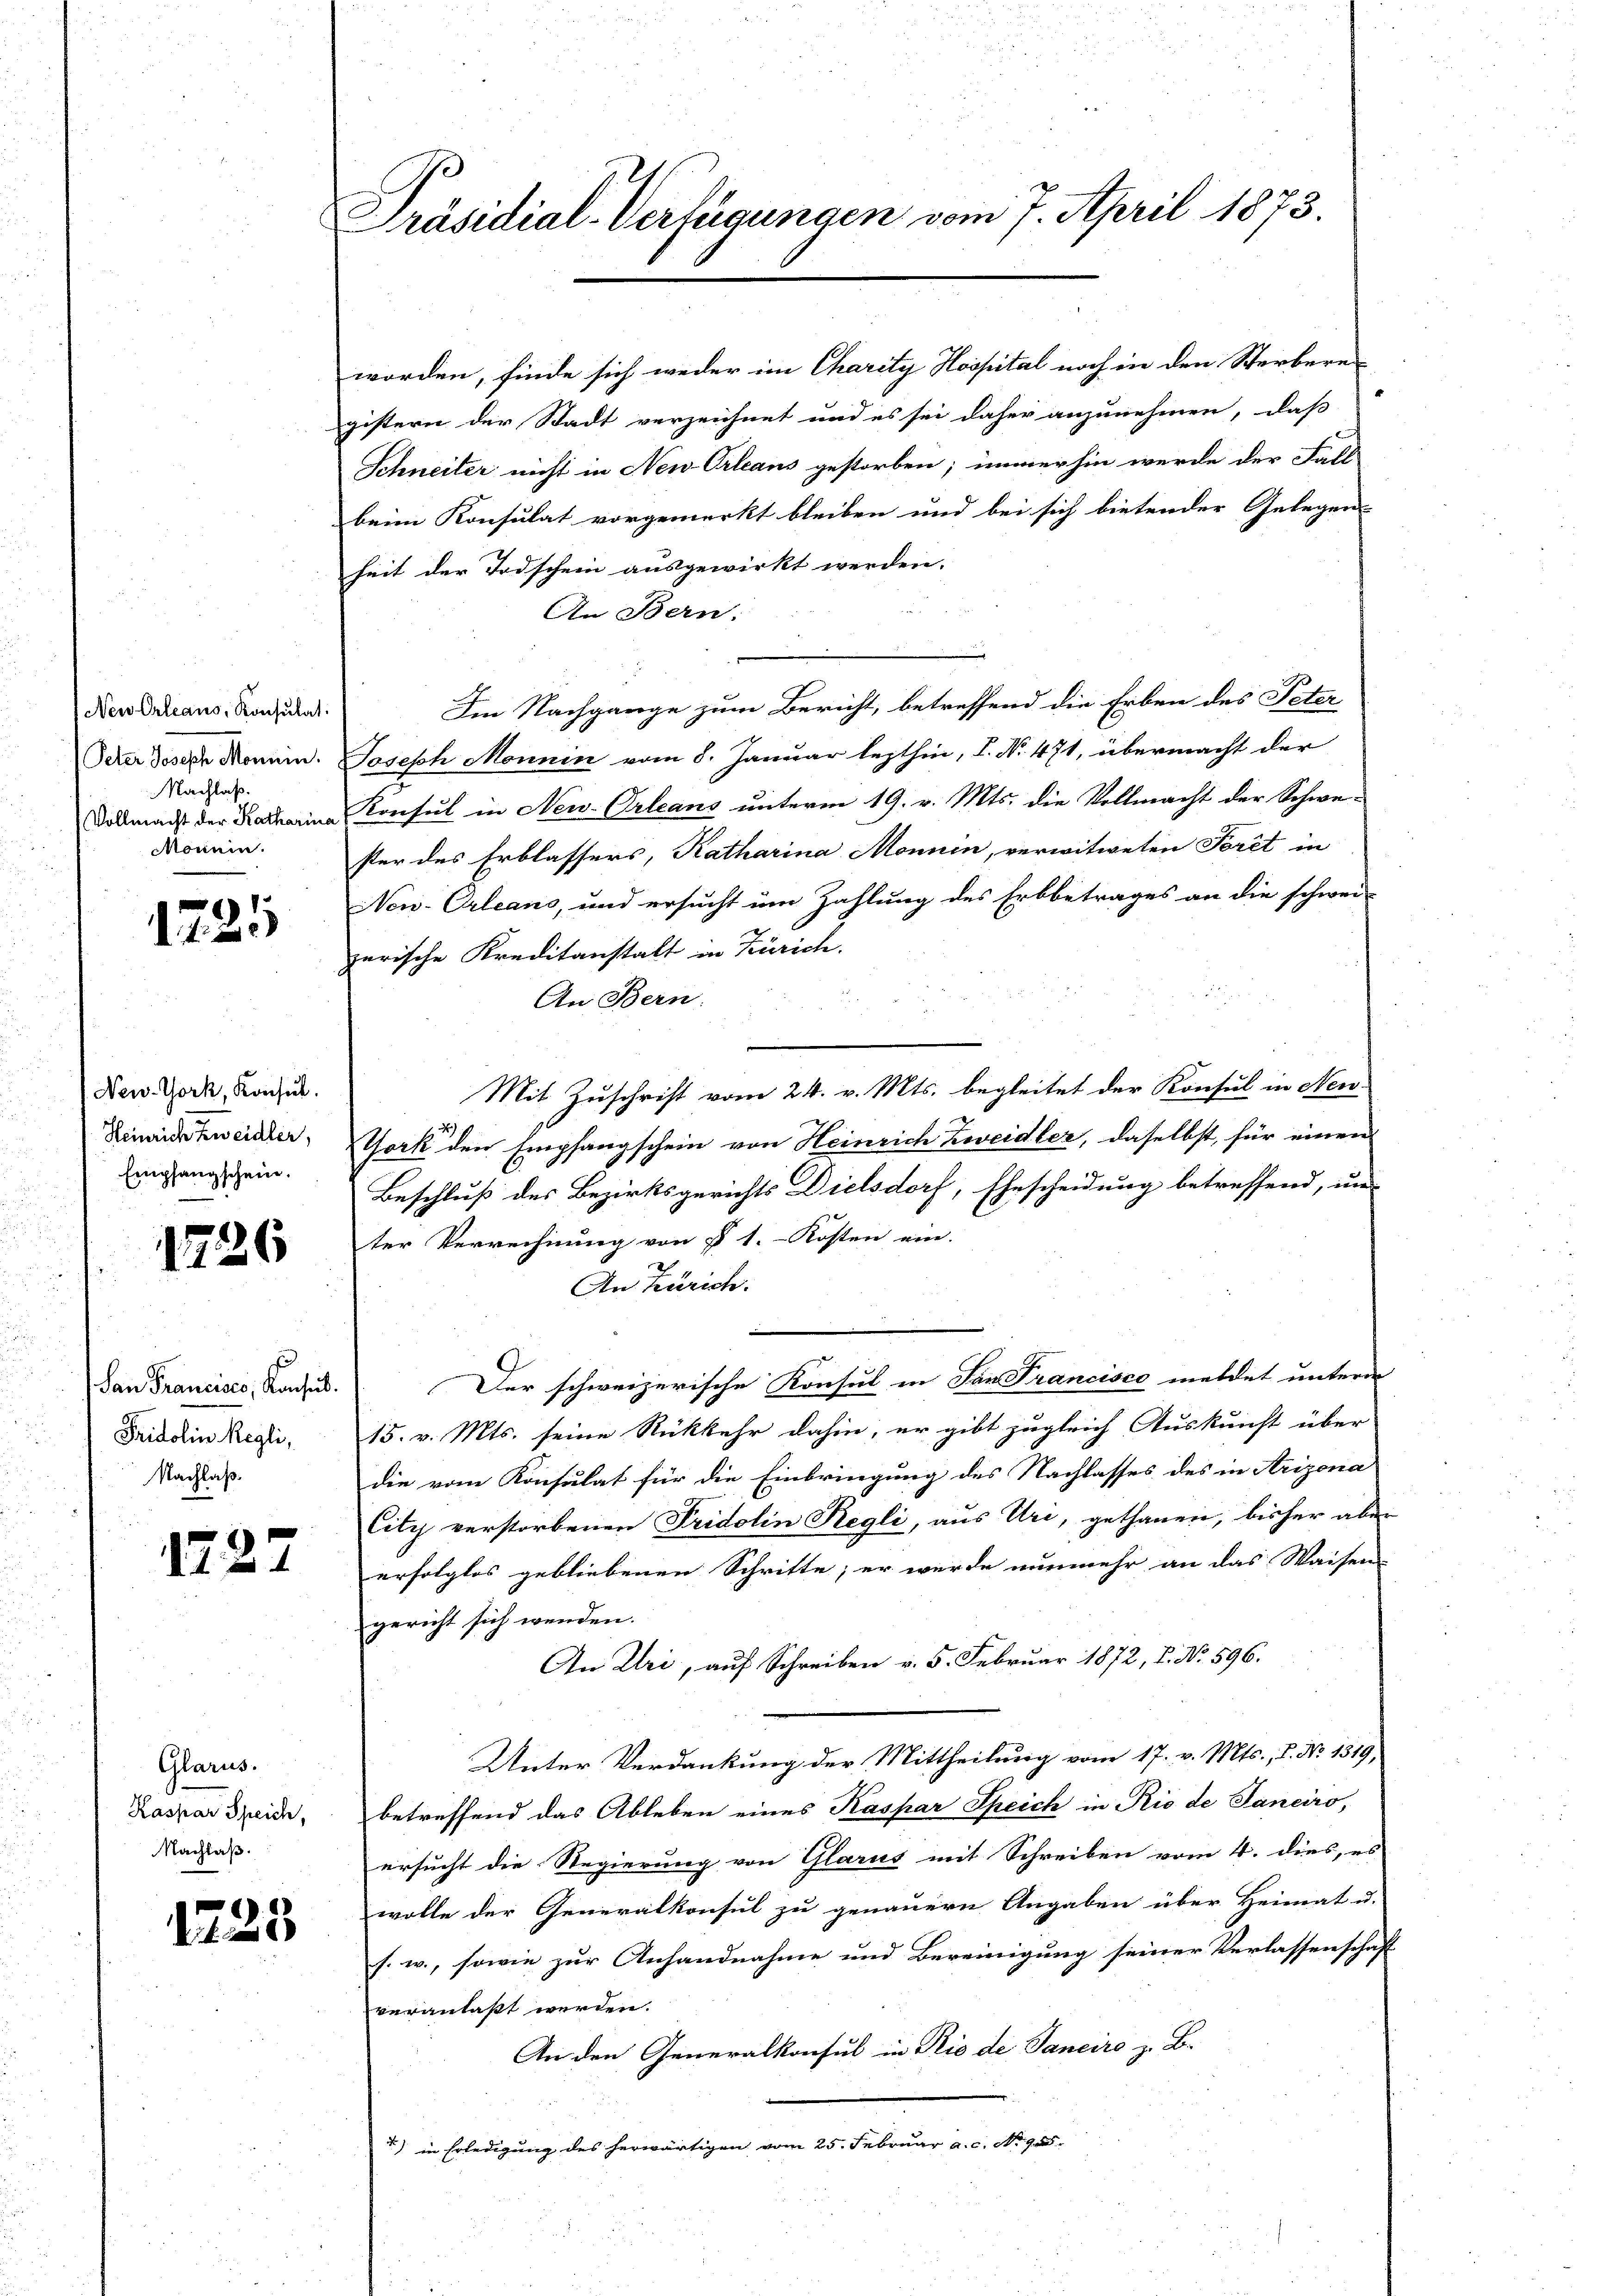
Neu Orleans, Konsulat:
Peter Joseph Monnin.
Nachlaß.
Nonnen.

1725

New-York, Konsul
Heinrich Zweidler.
Empfangschein.

1726

San Francises, Konsul.
Fridolin Regli,
Nachlaß.

1227

Glarus.
Kaspar Speich,
Nachlaß.

1223

Präsidial-Verfügungen vom 7. April 1873.

worden, finde sich weder im Charity Hospital noch in den Sterbere
gistern der Stadt verzeichnet und es sei daher anzunehmen, daß
Schneiter nicht in New-Orleans gestorben; immerhin werde der Fall
beim Konsulat vorgemerkt bleiben und bei sich bietender Gelegen-
heit der Todschein ausgewirkt werden.
An Bern:
Im Nachgange zum Bericht, betreffend die Erben des Peter
Joseph Monnin vom 8. Januar lezthin, I. No. 471, übermacht der
Dodmacht der Katarina Konsul in New-Orleans unterm 19. v. Mts. die Vollmacht der Schwester des Erblassers, Katharina Monnin, verwitweten Toret in
New-Orleans, und ersucht um Zahlung des Erbbetrages an die schwei-
zerische Kreditanstalt in Zürich.
An Bern.
Mit Zuschrift vom 24. v. Mts. begleitet der Konsul in Neu-
York den Empfangschein von Heinrich Zweidler, daselbst, für einen
Beschluß des Bezirksgerichts Dielsdorf, Ehescheidung betreffend, un
ter Verrechnung von § 1. Kosten ein.
An Zürich.
Der schweizerische Konsul in San Francisco meldet untern
15. v. Mts. seine Rückkehr dahin, er gibt zugleich Auskunft über
die vom Konsulat für die Einbringung des Nachlasses des in Arizona
City verstorbenen Fridolin Regli, aus Uri, gethanen, bisher aber
erfolglos gebliebenen Schritte; er wurde nunmehr an das Waisen-
gericht sich werden.
An Uri, auf Schreiben v. 5. Februar 1872, 7. No. 596.
Unter Verdankung der Mittheilung vom 17. v. Mts., S. No 1319,
betreffend das Ableben eines Kaspar Speich in Rio de Janeiro,
ersucht die Regierung von Glarus mit Schreiben vom 4. dies, es
wolle der Generalkonsul zu genauern Angaben über Heimat u.
s. w., sowie zur Anhandnahme und Bereinigung seiner Verlassenschaft
veranlaßt werden.
An den Generalkonsul in Rio de Sanciro z. B.
) in Erledigung des herwärtigen vom 25. Februar a. c. No 905